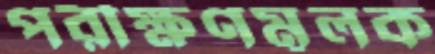
পরীক্ষণমূলক